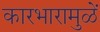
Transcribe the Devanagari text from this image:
कारभारामुळें